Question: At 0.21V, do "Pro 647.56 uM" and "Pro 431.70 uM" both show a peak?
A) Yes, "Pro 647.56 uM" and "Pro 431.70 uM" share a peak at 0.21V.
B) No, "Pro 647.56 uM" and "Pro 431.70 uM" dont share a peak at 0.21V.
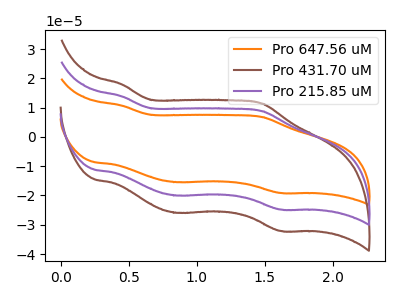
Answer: <think>The orange curve "Pro 647.56 uM" has anodic peaks at (0.45V, 27.65uA) (1.50V, 17.60uA) and cathodic peaks at (0.85V, -40.00uA) (1.60V, -49.60uA). The brown curve "Pro 431.70 uM" has anodic peaks at (0.45V, 17.90uA) (1.50V, 11.40uA) and cathodic peaks at (0.85V, -25.90uA) (1.60V, -32.10uA). The purple curve "Pro 215.85 uM" has anodic peaks at (0.45V, 13.85uA) (1.50V, 8.80uA) and cathodic peaks at (0.85V, -20.00uA) (1.60V, -24.80uA).</think>
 <answer>B) No, "Pro 647.56 uM" and "Pro 431.70 uM" dont share a peak at 0.21V.</answer>
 <eval>B</eval>